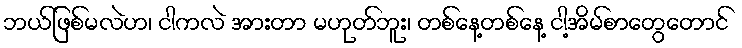
ဘယ်ဖြစ်မလဲဟ၊ ငါကလဲ အားတာ မဟုတ်ဘူး၊ တစ်နေ့တစ်နေ့ ငါ့အိမ်စာတွေတောင်